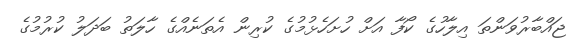
ޖައްބާރުވަންތަ އިލާހުގެ ކޯފާ އަށް ހުށަހެޅުމުގެ ކުރިން އެތަނެއްގެ ހާލަތު ބަދަލު ކުރުމުގެ